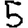
Digit: 5